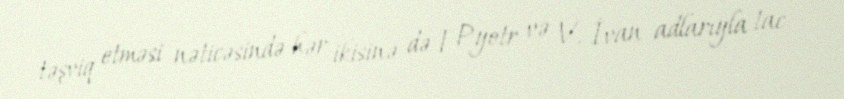
təşviq etməsi nəticəsində hər ikisinə də I Pyotr və V. İvan adlarıyla tac